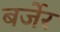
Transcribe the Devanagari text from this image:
बर्जेर